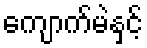
ကျောက်မဲနှင့်